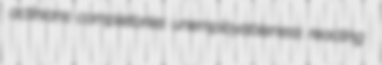
actinians completories unemployableness reacting